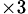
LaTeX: _{\times 3}